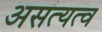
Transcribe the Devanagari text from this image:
असत्यत्व